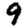
Digit: 9